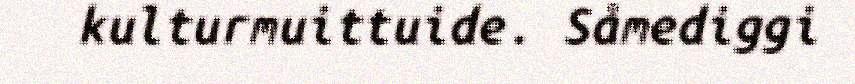
kulturmuittuide. Såmediggi